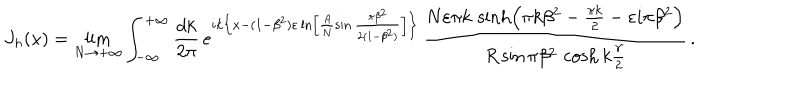
LaTeX: J _ { h } ( x ) = \lim _ { N \rightarrow + \infty } \int _ { - \infty } ^ { + \infty } \frac { d k } { 2 \pi } \, e ^ { i k \left\{ x - ( 1 - \beta ^ { 2 } ) \varepsilon \ln \left[ \frac { A } { N } \sin \frac { \pi \beta ^ { 2 } } { 2 ( 1 - \beta ^ { 2 } ) } \right] \right\} } \, \frac { N \varepsilon \pi k \, \sinh \left( \pi k \beta ^ { 2 } - \frac { \pi k } { 2 } - \varepsilon i \pi \beta ^ { 2 } \right) } { R \sin \pi \beta ^ { 2 } \, \cosh k \frac { \gamma } { 2 } } \, .